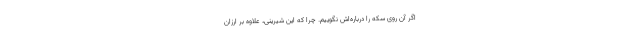
اگر آن روی سکه را درباره‌اش نگوییم. چرا که این شیرینی، علاوه بر ارزان